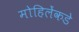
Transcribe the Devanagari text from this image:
मोहिलेंकडे